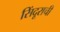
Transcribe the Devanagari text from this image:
सिंदूराची